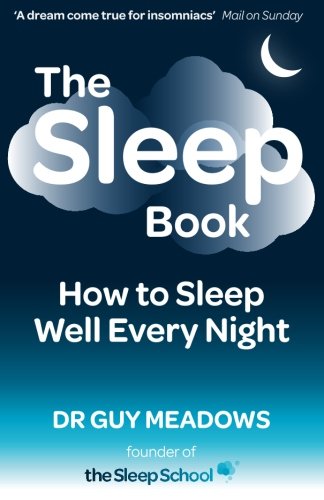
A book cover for The Sleep Book: How to Sleep Well Every Night; Dr. Guy Meadows; Health, Fitness & Dieting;